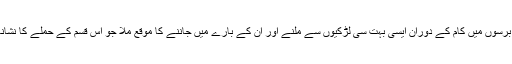
گذشتہ چند برسوں میں کام کے دوران ایسی بہت سی لڑکیوں سے ملنے اور ان کے بارے میں جاننے کا موقع ملا جو اس قسم کے حملے کا نشانہ بنی تھیں۔